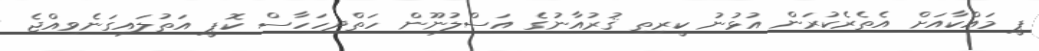
ޕީ މައްކާއަށް އެތެރެކުރަން އުޅުނު ކީރިތި ޤުރުއާނުގެ އަސްލުނޫން ހަތްދިހަހާސް ކޮޕީ އަތުލައިގަނެވިއްޖެ